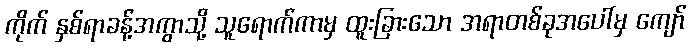
ကိုက် နှစ်ရာခန့်အကွာသို့ သူရောက်ကာမှ ထူးခြားသော အရာတစ်ခုအပေါ်မှ ကျော်